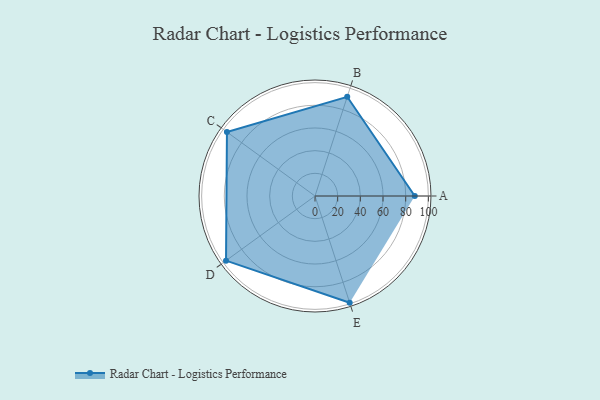
{"axis": {"x": "Skill", "y": "Score"}, "legend": ["Profile"], "data": [{"x": "A", "y": 88.0, "type": "Profile"}, {"x": "B", "y": 92.0, "type": "Profile"}, {"x": "C", "y": 96.0, "type": "Profile"}, {"x": "D", "y": 97.0, "type": "Profile"}, {"x": "E", "y": 99, "type": "Profile"}]}